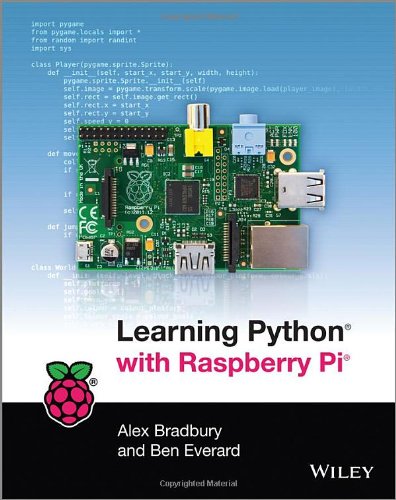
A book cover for Learning Python with Raspberry Pi; Alex Bradbury; Computers & Technology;